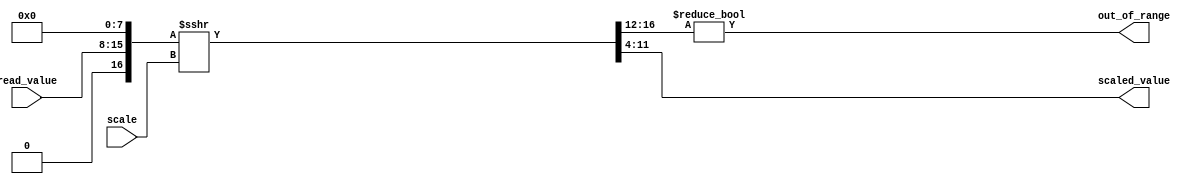
module address_scale (
	input [7:0] read_value,
	input [2:0] scale,
	output wire [7:0] scaled_value,
	output wire out_of_range 
	);

	wire signed [8:0] signed_read_value, singed_scaled_value;
	wire signed [16:0] read_value_shifted1, read_value_shifted2;

	assign signed_read_value = read_value;
	assign read_value_shifted1 = {signed_read_value, 8'b0000_0000};
	assign read_value_shifted2 = read_value_shifted1 >>> scale;
	assign singed_scaled_value = {read_value_shifted1[16], read_value_shifted2[11:4]};
	assign scaled_value = singed_scaled_value;
	assign out_of_range = (read_value_shifted2[16:12] != 5'b00000);


endmodule